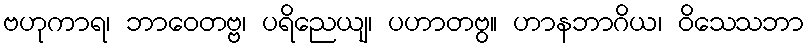
ဗဟုကာရ၊ ဘာဝေတဗ္ဗ၊ ပရိညေယျ၊ ပဟာတဗွ။ ဟာနဘာဂိယ၊ ဝိသေသဘာ